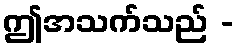
ဤအသက်သည် -